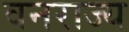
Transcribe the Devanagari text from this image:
वनराज्य